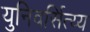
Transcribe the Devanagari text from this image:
युनिवर्सित्य्य